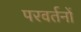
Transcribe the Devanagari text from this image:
परवर्तनों